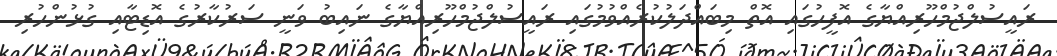
ރައީސުލްޖުމްހޫރިއްޔާގެ އޮފީހުގައި އޮތް މިބައްދަލުކުރެއްވުމުގައި ރައީސުލްޖުމްހޫރިއްޔާގެ ނައިބު ވަނީ ސަރުކާރުގެ އޮޑިޓާއި ގުޅުންހުރި